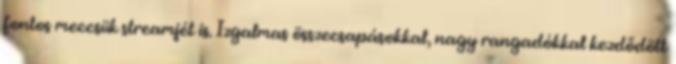
fontos meccsük streamjét is. Izgalmas összecsapásokkal, nagy rangadókkal kezdődött